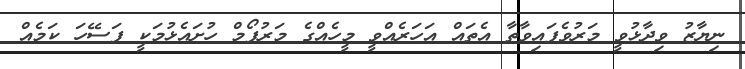
ނިޔާޒު ވިދާޅުވީ މަރުވެފައިވާތާ އެތައް އަހަރެއްވީ މީހެއްގެ މަރުފޯމް ހުށައެޅުމަކީ ފަސޭހަ ކަމެއް